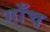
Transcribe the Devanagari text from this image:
गाँच